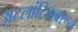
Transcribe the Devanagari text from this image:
अटलांटिकवरून